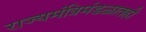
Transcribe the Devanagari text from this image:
राज्यमंत्रिमंडळातही